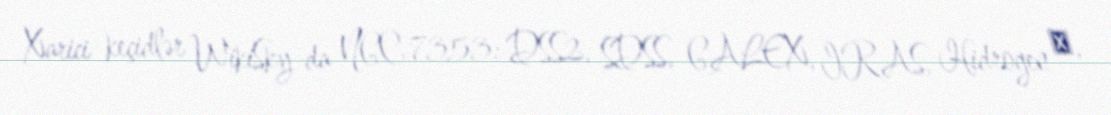
Xarici keçidlər WikiSky-da NGC 7353: DSS2, SDSS, GALEX, IRAS, Hidrogen α,